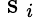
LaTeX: \mathrm{~s~}_{i}